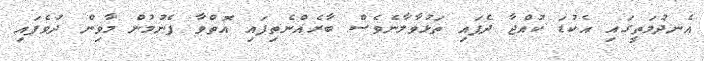
އެނދުމަތީގައި އެކުޑަ ކުއްޖާ ދެފައި ތަޅުވާލާނެވެސް ބާރެއްނެތިފައި އޮތްވާ ފެނުމުން މާވިން ދުވެފައި